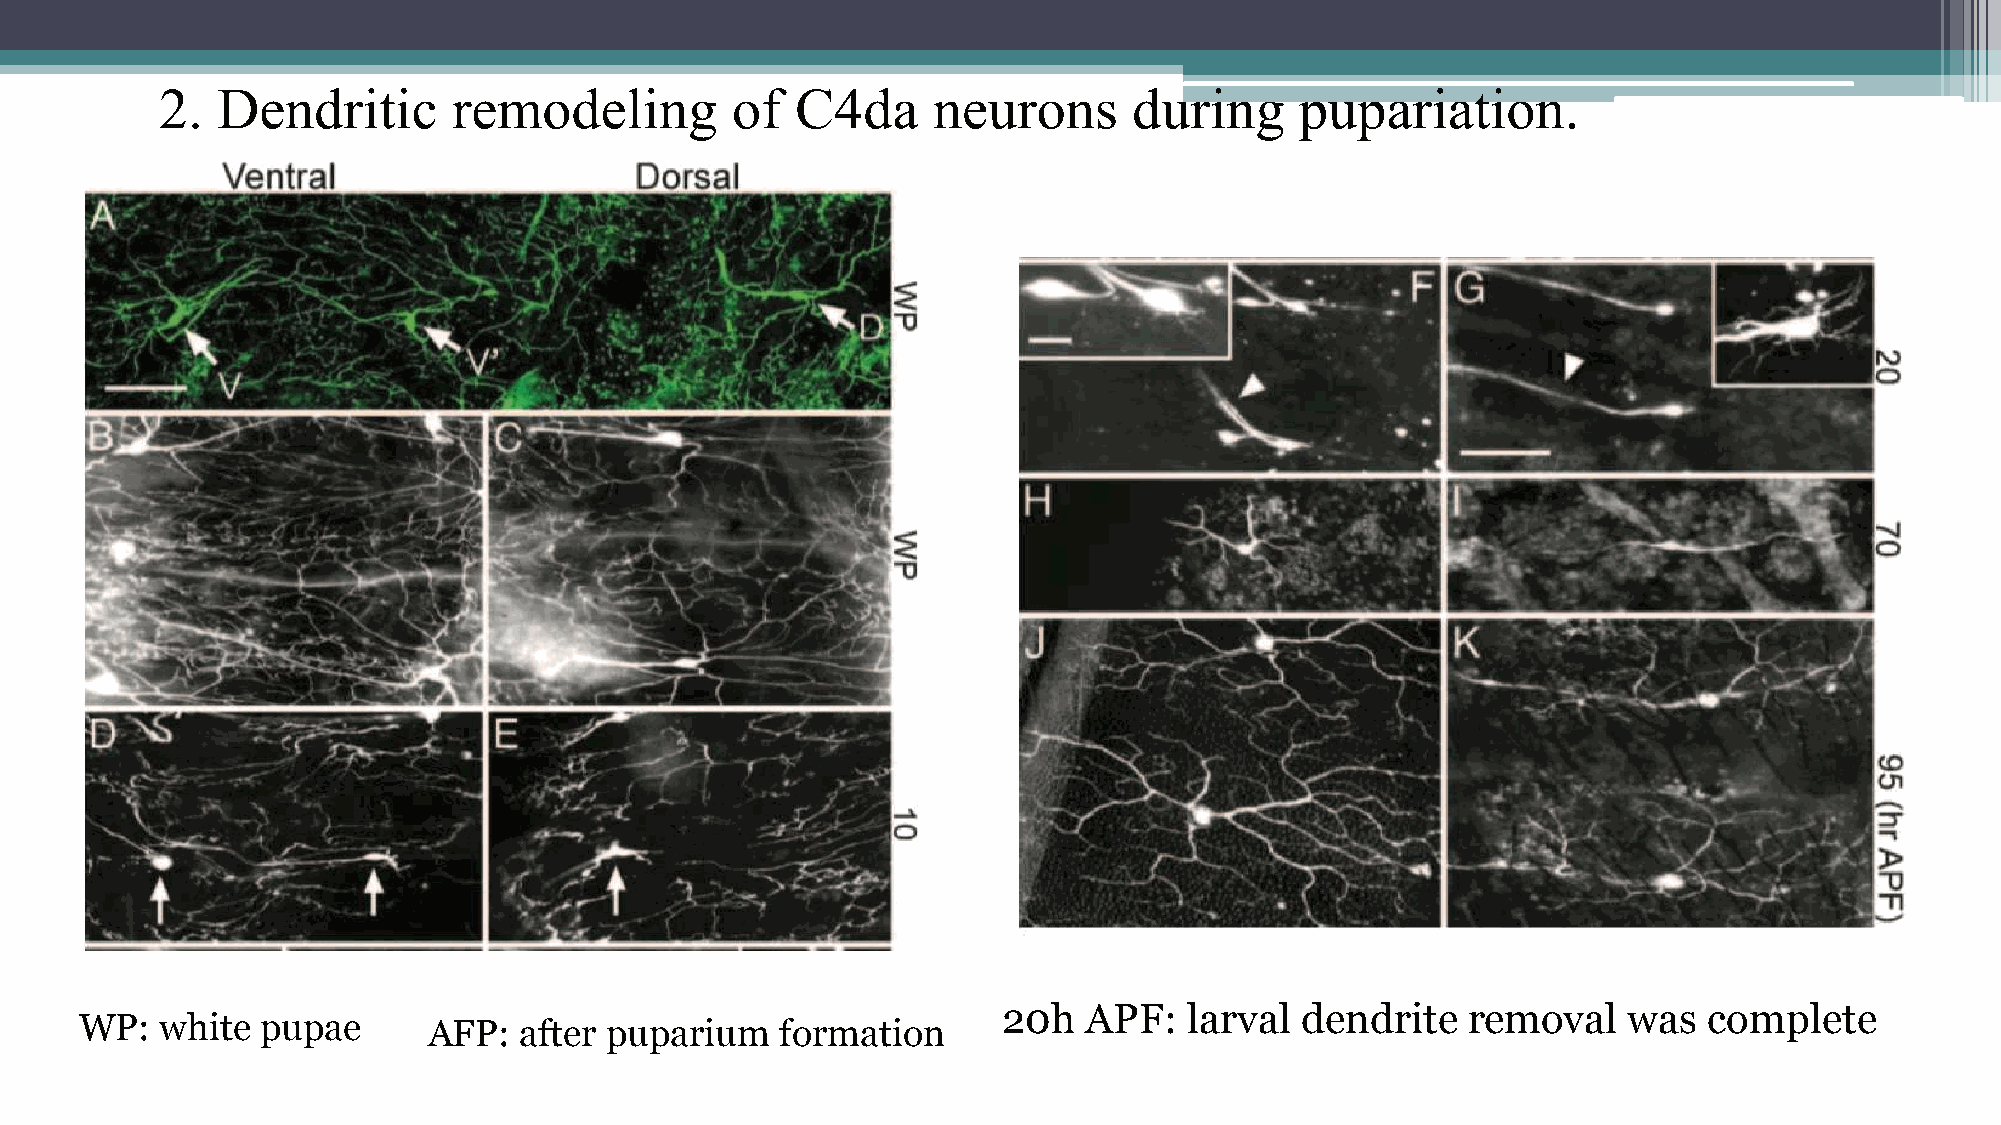
2. Dendritic       remodeling        of   C4da     neurons      during     pupariation.
 20h   APF:   larval dendrite   removal    was  complete
 WP:   white pupae      AFP:  after puparium    formation